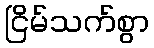
ငြိမ်သက်စွာ